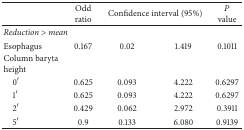
<table><thead><tr><td><b> </b></td><td><b>Odd ratio</b></td><td colspan="2"><b>Confidence interval (95%)</b></td><td><b><i>P</i> value</b></td></tr></thead><tbody><tr><td><i>Reduction &gt; mean</i></td><td> </td><td> </td><td> </td><td> </td></tr><tr><td>Esophagus</td><td>0.167</td><td>0.02</td><td>1.419</td><td>0.1011</td></tr><tr><td>Column baryta height</td><td> </td><td> </td><td> </td><td> </td></tr><tr><td> 0′</td><td>0.625</td><td>0.093</td><td>4.222</td><td>0.6297</td></tr><tr><td> 1′</td><td>0.625</td><td>0.093</td><td>4.222</td><td>0.6297</td></tr><tr><td> 2′</td><td>0.429</td><td>0.062</td><td>2.972</td><td>0.3911</td></tr><tr><td> 5′</td><td>0.9</td><td>0.133</td><td>6.080</td><td>0.9139</td></tr></tbody></table>